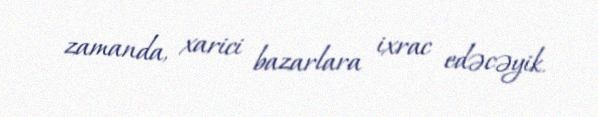
zamanda, xarici bazarlara ixrac edəcəyik.